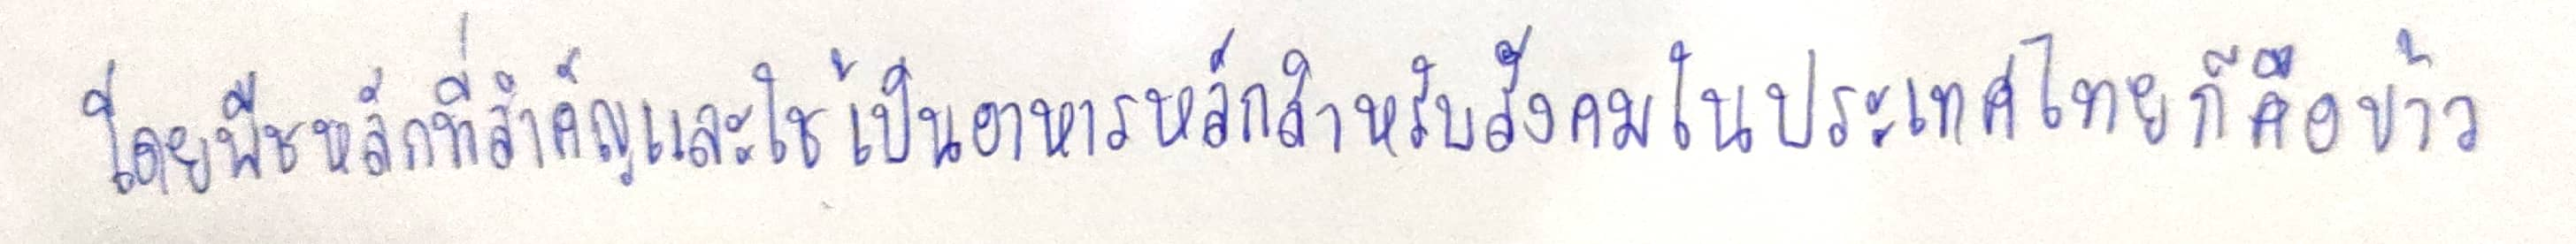
โดยพืชหลักที่สำคัญและใช้เป็นอาหารหลักสำหรับสังคมในประเทศไทยก็คือข้าว